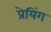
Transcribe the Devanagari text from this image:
प्रेयिंग